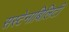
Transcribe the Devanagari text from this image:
सस्टेनाबिलिटी